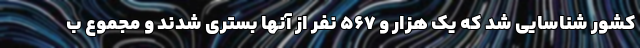
کشور شناسایی شد که یک هزار و ۵۶۷ نفر از آنها بستری شدند و مجموع ب